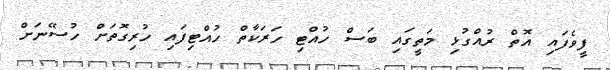
ފީވެފައި އޮތް ރުއްގުޅި މަތީގައި ބަސް ހުއްޓި ހަރަކާތް ހުއްޓިފައި ހުރިގޮތަށް ހުސޭނަށް